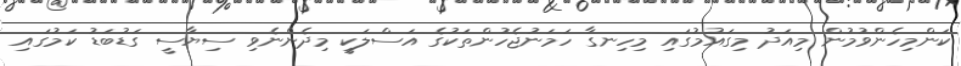
ކަންމިހެންވުމުން މިއަދު މިގައުމުގައި މިހިނގާ ހަމަނުޖެހުންތަކުގެ އަސްލަކީ މިދެންނެވި ސިޔާސީ ގަޑުބަޑު ކަމުގައި